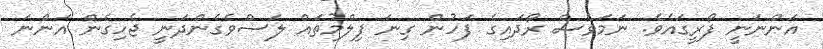
އަންނަނީ ފޯރީގައެވެ. ނަމަވެސް ރޯދައިގެ ފަހުން ގިނަ ފިލްމުތައް ލަސްވެގެންދަނީ ޖެހިގެން އަންނަ